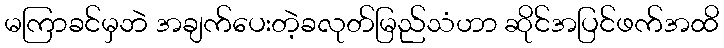
မကြာခင်မှဘဲ အချက်ပေးတဲ့ခလုတ်မြည်သံဟာ ဆိုင်အပြင်ဖက်အထိ